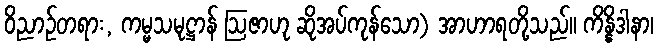
ဝိညာဉ်တရား, ကမ္မသမုဋ္ဌာန် ဩဇာဟု ဆိုအပ်ကုန်သော) အာဟာရတို့သည်။ ကိန္နိဒါနာ၊